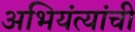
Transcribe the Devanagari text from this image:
अभियंत्यांची